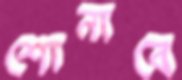
শোনাবে